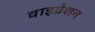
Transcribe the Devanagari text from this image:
वाइव्रेशन